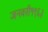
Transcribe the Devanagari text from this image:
जनवरी१९६३